Lunatic asylums Central Provinces reports 1874-1885 - 1874-1885
Year: 1874
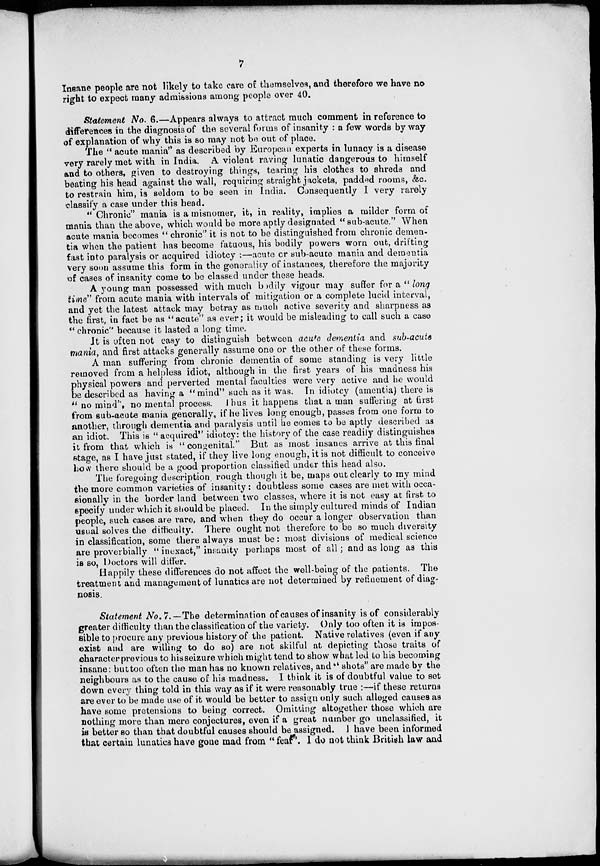
7
Insane people are not likely to take care of themselves, and therefore we have no
right to expect many admissions among people over 40.
Statement No. 6.—Appears always to attract much comment in reference to
differences in the diagnosis of the several forms of insanity : a few words by way
of explanation of why this is so may not be out of place.
The " acute mania'' as described by European experts in lunacy is a disease
very rarely met with in India. A. violent raving lunatic dangerous to himself
and to others, given to destroying things, tearing his clothes to shreds and
beating his head against the wall, requiring straight jackets, padded rooms, &c.
to restrain him, is seldom to be seen in India. Consequently I very rarely
classify a case under this head.
" Chronic" mania is a misnomer, it, in reality, implies a milder form of
mania than the above, which would be more aptly designated "sub-acute." When
acute mania becomes " chronic" it is not to be distinguished from chronic demen-
tia when the patient has become fatuous, his bodily powers worn out, drifting
fast into paralysis or acquired idiotcy :—acute or sub-acute mania and dementia
very soon assume this form in the generality of instances, therefore the majority
of cases of insanity come to be classed under these heads.
A young man possessed with much bodily vigour may suffer for a " long
time " from acute mania with intervals of mitigation or a complete lucid interval,
and yet the latest attack may betray as much active severity and sharpness as
the first, in fact be as "acute" as ever; it would be misleading to call such a case
" chronic" because it lasted a long time.
It is often not easy to distinguish between acute dementia and sub-acute
mania, and first attacks generally assume one or the other of these forms.
A man suffering from chronic dementia of some standing is very little
removed from a helpless idiot, although in the first years of his madness his
P hysical powers and perverted mental faculties were very active and he would
be described as having a "mind" such as it was. In idiotcy (amentia) there is
" no mind", no mental process. Thus it happens that a man suffering at first
from sub-acute mania generally, if he lives long enough, passes from one form to
another, through dementia and paralysis until he comes to be aptly described as
an idiot. This is "acquired" idiotcy: the history of the case readily distinguishes
it from that which is "congenital." But as most insanes arrive at this final
stage, as I have just stated, if they live long enough, it is not difficult to conceive
how there should be a good proportion classified under this head also.
The foregoing description, rough though it be, maps out clearly to my mind
the more common varieties of insanity : doubtless some cases are met with occa-
sionally in the border land between two classes, where it is not easy at first to
specify under which it should be placed. In the simply cultured minds of Indian
people, such cases are rare, and when they do occur a longer observation than
usual solves the difficulty. There ought not therefore to be so much diversity
in classification, some there always must be: most divisions of medical science
are proverbially " inexact," insanity perhaps most of all; and as long as this
is so, Doctors will differ.
Happily these differences do not affect the well-being of the patients. The
treatment and management of lunatics are not determined by refinement of diag-
nosis.
Statement No.7.—The determination of causes of insanity is of considerably
greater difficulty than the classification of the variety. Only too often it is impos-
sible to procure any previous history of the patient. Native relatives (even if any
exist and are willing to do so) are not skilful at depicting those traits of
character previous to his seizure which might tend to show what led to his becoming
insane: but too often the man has no known relatives, and " shots" are made by the
neighbours as to the cause of his madness. I think it is of doubtful value to set
down every thing told in this way as if it were reasonably true :—if these returns
are ever to be made use of it would be better to assign only such alleged causes as
have some pretensions to being correct. Omitting altogether those which are
nothing more than mere conjectures, even if a great number go unclassified, it
is better so than that doubtful causes should be assigned. I have been informed
that certain lunatics have gone mad from " fear". 1 do not think British law and